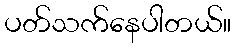
ပတ်သက်နေပါတယ်။